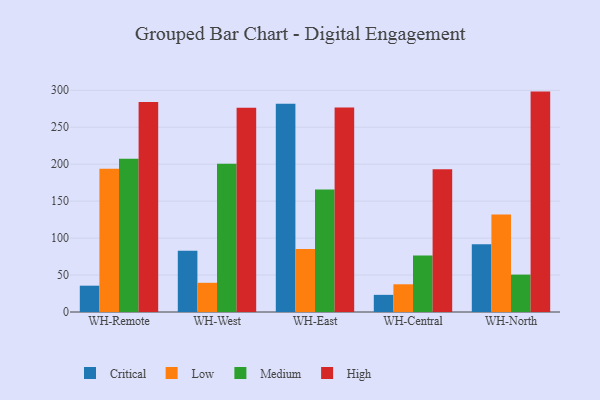
{"axis": {"x": "Warehouse", "y": "Conversion Rate (%)"}, "legend": ["Critical", "High", "Low", "Medium"], "data": [{"x": "WH-Remote", "y": 35.6, "type": "Critical"}, {"x": "WH-Remote", "y": 193.7, "type": "Low"}, {"x": "WH-Remote", "y": 207.5, "type": "Medium"}, {"x": "WH-Remote", "y": 284.2, "type": "High"}, {"x": "WH-West", "y": 83.0, "type": "Critical"}, {"x": "WH-West", "y": 39.5, "type": "Low"}, {"x": "WH-West", "y": 200.7, "type": "Medium"}, {"x": "WH-West", "y": 276.5, "type": "High"}, {"x": "WH-East", "y": 281.7, "type": "Critical"}, {"x": "WH-East", "y": 85.2, "type": "Low"}, {"x": "WH-East", "y": 165.7, "type": "Medium"}, {"x": "WH-East", "y": 276.8, "type": "High"}, {"x": "WH-Central", "y": 23.2, "type": "Critical"}, {"x": "WH-Central", "y": 37.5, "type": "Low"}, {"x": "WH-Central", "y": 76.6, "type": "Medium"}, {"x": "WH-Central", "y": 193.2, "type": "High"}, {"x": "WH-North", "y": 91.8, "type": "Critical"}, {"x": "WH-North", "y": 131.9, "type": "Low"}, {"x": "WH-North", "y": 50.6, "type": "Medium"}, {"x": "WH-North", "y": 298.2, "type": "High"}]}